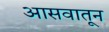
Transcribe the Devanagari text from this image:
आसवातून